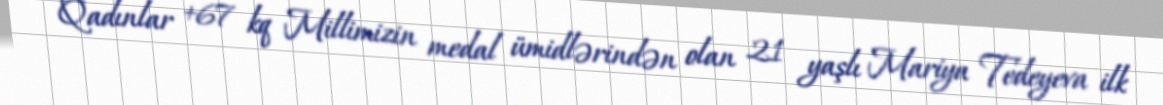
Qadınlar +67 kq Millimizin medal ümidlərindən olan 21 yaşlı Mariya Tedeyeva ilk